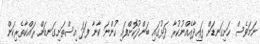
ނަމަވެސް ހަށިގަނޑަށް ފައިދާއެއްނުކުރާ ދަޅުގައި ބަންދުކޮށްފައި ހުންނަ ކާނާ ފަދަ އިސްތަށިގަނޑަށް ރައްކާތެރިކަން